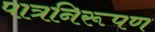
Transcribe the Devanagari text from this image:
पात्रनिरूपण